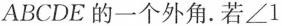
ABCDE的一个外角。若\angle 1